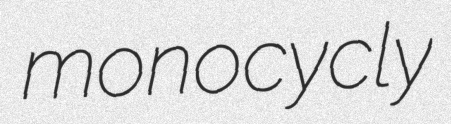
monocycly